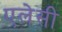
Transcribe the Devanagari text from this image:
एलेसी